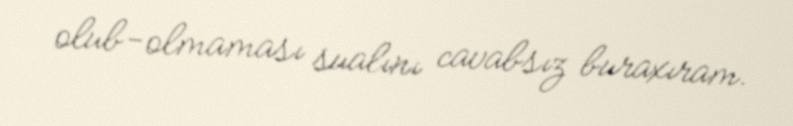
olub-olmaması sualını cavabsız buraxıram.